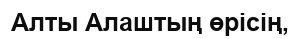
Алты Алаштың өрісің,